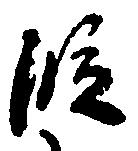
段